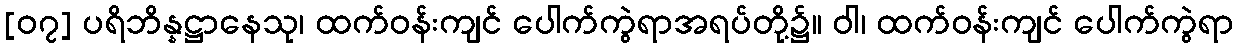
[၀၇] ပရိဘိန္နဋ္ဌာနေသု၊ ထက်ဝန်းကျင် ပေါက်ကွဲရာအရပ်တို့၌။ ဝါ၊ ထက်ဝန်းကျင် ပေါက်ကွဲရာ